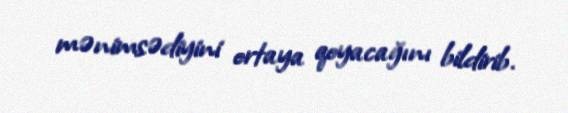
mənimsədiyini ortaya qoyacağını bildirib.